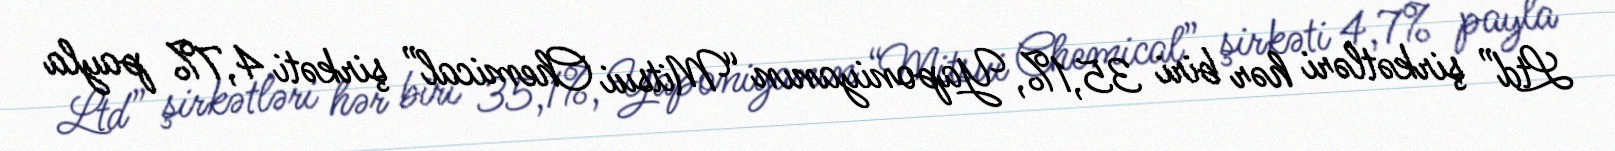
Ltd” şirkətləri hər biri 35,1%, Yaponiyanın “Mitsui Chemical” şirkəti 4,7% payla